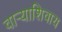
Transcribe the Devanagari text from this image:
वाऱ्याशिवाय